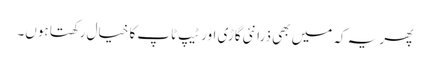
پھر یہ کہ میں بھی ذرا نئی گاڑی اور ٹیپ ٹاپ کا خیال رکھتا ہوں۔